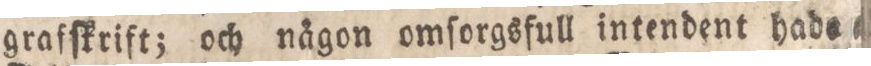
grafſkrift; och någon omſorgsfull intendent hade